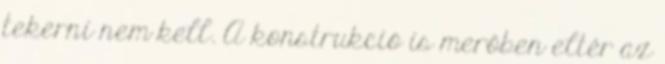
tekerni nem kell. A konstrukció is merőben eltér az